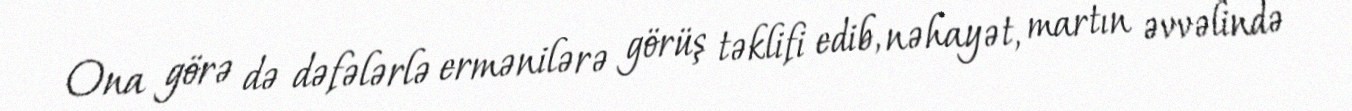
Ona görə də dəfələrlə ermənilərə görüş təklifi edib, nəhayət, martın əvvəlində